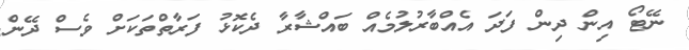
ނޭޓޯ އިން ދިން ފަދަ އެއްބާރުލުމެއް ބައްޝާރާ ދެކޮޅު ފަރާތްތަކަށް ވެސް ދޭން